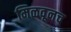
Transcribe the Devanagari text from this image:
मिळवूनच